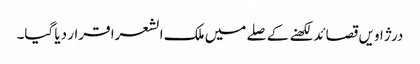
درژاویں قصائد لکھنے کے صلے میں ملک الشعرا قرار دیا گیا۔